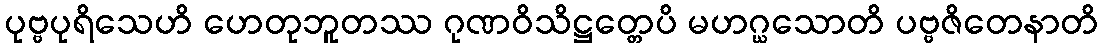
ပုဗ္ဗပုရိသေဟိ ဟေတုဘူတဿ ဂုဏဝိသိဋ္ဌတ္တေပိ မဟဂ္ဃသောတိ ပဗ္ဗဇိတေနာတိ